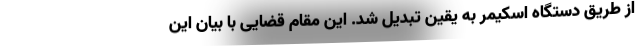
از طریق دستگاه اسکیمر به یقین تبدیل شد. این مقام قضایی با بیان این